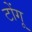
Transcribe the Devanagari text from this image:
टोंगू